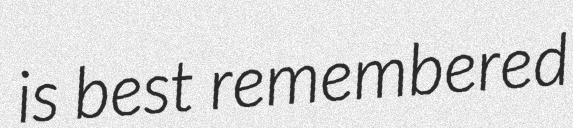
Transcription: is best remembered